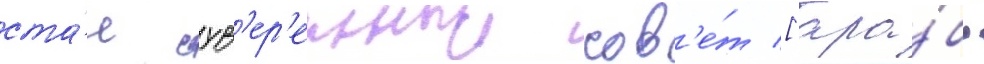
ста́л сув'ер'енныи сов'е́т [ара́б.